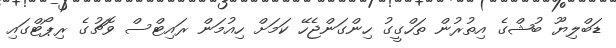
ޑަބްލިޔޫ ބުޝްގެ އިތުރުން ތަހްގީގު ހިންގަންޖެހޭ ކަމަށް ހިއުމަން ރައިޓްސް ވޮޗުގެ ރިޕޯޓްގައި